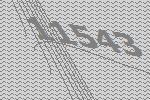
11543